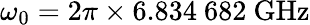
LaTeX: \omega_{0}=2\pi\times 6.834~682~\mathrm{GHz}